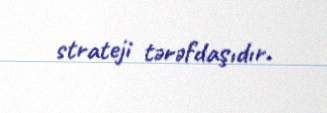
strateji tərəfdaşıdır.